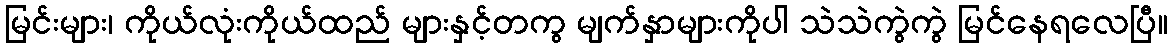
မြင်းများ၊ ကိုယ်လုံးကိုယ်ထည် များနှင့်တကွ မျက်နှာများကိုပါ သဲသဲကွဲကွဲ မြင်နေရလေပြီ။